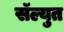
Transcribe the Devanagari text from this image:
सॅल्युत